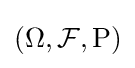
(\Omega ,{\mathcal {F}},{\text{P}})